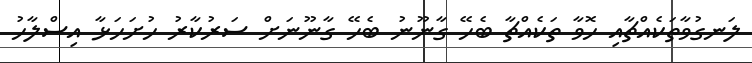
ލަނގުވާތަކެއްޗާއި ހޮވާ ތަކެއްޗާ ބެހޭ ގާނޫނު ބެހޭ ގާނޫނަށް ސަރުކާރު ހުށަހަޅާ އިސްލާހު